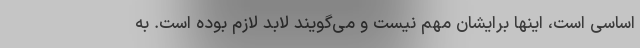
اساسی است، اینها برایشان مهم نیست و می‌گویند لابد لازم بوده است. به